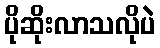
ပိုဆိုးလာသလိုပဲ